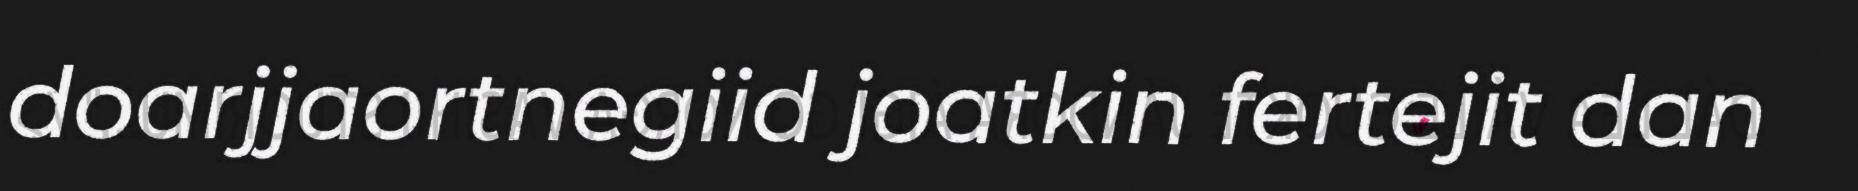
doarjjaortnegiid joatkin fertejit dan